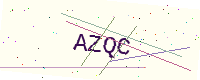
Text: AZQC